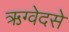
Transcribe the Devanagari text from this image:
ऋग्वेदसे